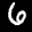
Label: 6